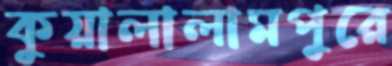
কুয়ালালামপুরে